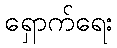
ရှောက်ရေး